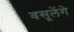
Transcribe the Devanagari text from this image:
वसूलेंगे